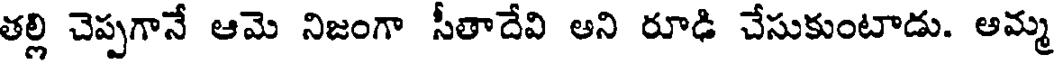
తల్లి చెప్పగానే ఆమె నిజంగా సీతాదేవి అని రూడి చేసుకుంటాడు. అమ్మ